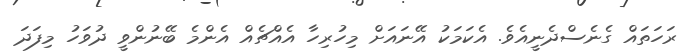
ރަހަތައް ގެނެސްދެނީއެވެ. އެކަމަކު އޭނައަށް މިހުރިހާ އެއްޗެއް އެންމެ ބޭނުންވީ ދުވަހު މިފަދަ